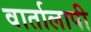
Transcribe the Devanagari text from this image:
वार्तालापी